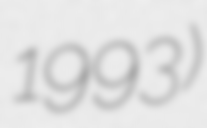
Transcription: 1993)